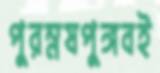
পুরম্নষপুঙ্গবই